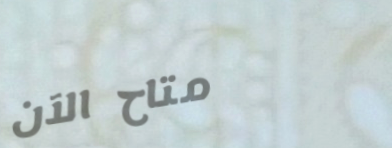
متاح الآن